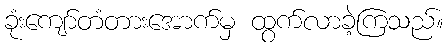
ခုံးကျော်တံတားအောက်မှ ထွက်လာခဲ့ကြသည်။